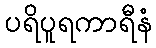
ပရိပူရကာရီနံ